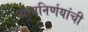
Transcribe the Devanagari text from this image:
न्यायनिर्णयांची